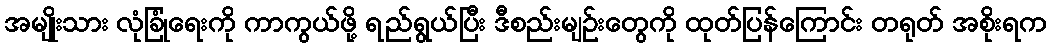
အမျိုးသား လုံခြုံရေးကို ကာကွယ်ဖို့ ရည်ရွယ်ပြီး ဒီစည်းမျဉ်းတွေကို ထုတ်ပြန်ကြောင်း တရုတ် အစိုးရက